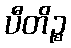
ပီတိဉ္စ